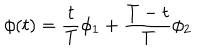
LaTeX: \phi ( t ) = \frac { t } { T } \phi _ { 1 } + \frac { T - t } { T } \phi _ { 2 }